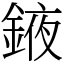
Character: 䤳